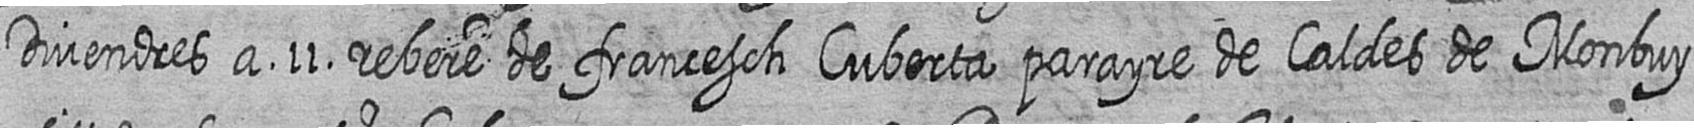
Divendres a 11 rebere de francesch Cuberta parayre de Caldes de Monbuy